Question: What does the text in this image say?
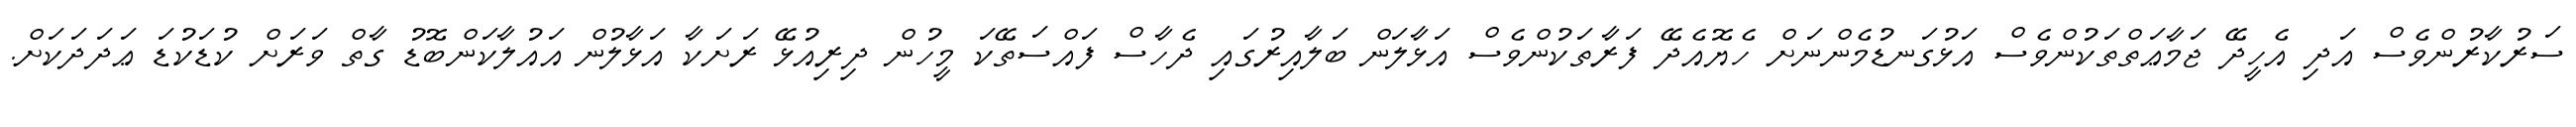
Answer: ސަރުކާރުންވެސް އަދި އެހީދޭ ޖަމާޢަތްތަކުންވެސް އަޅުގަނޑުމެންނަށް ހެޔޮއެދޭ ފަރާތަކުންވެސް އަޅާލަން ބަލާއިރުގައި ދެހާސް ފައްސަތޭކަ މީހުން ދިރިއުޅޭ ރަށަކާ އަޅާލުން އައުލާކަންބޮޑު ގާތް ވަރަށް ކުޑަކުޑަ ޢަދަދަކަށް.